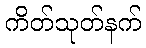
ကိတ်သုတ်နက်